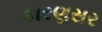
કારણસર